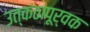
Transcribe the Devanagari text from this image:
उत्कंठापूर्वक